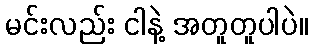
မင်းလည်း ငါနဲ့ အတူတူပါပဲ။